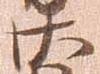
廿